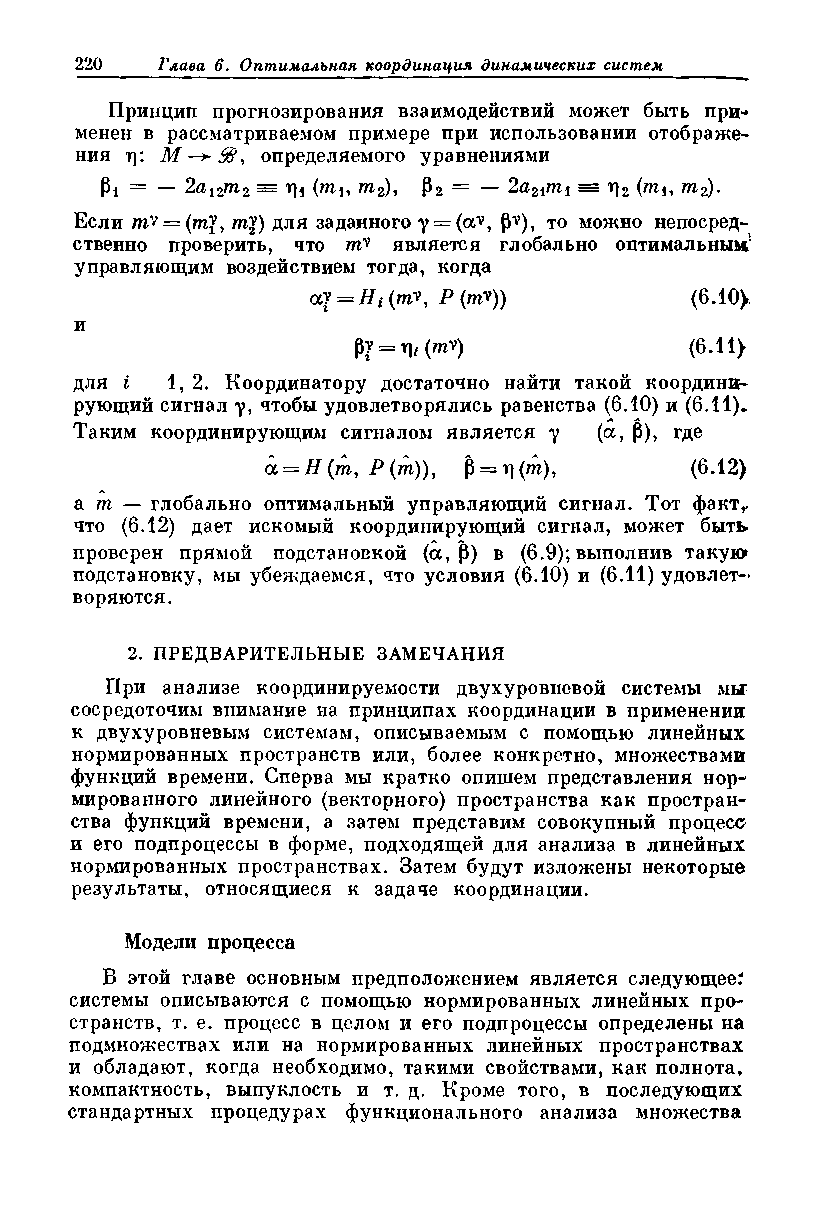
Принцип прогнозирования взаимодействий может быть при­
 менен в рассматриваемом примере при использовании отображе­
 ния rj:     определяемого уравнениями
 Pi = — 2ai2m2 = r\i (ти т2), Рг = — 2a2imi = г\2 {ти т2).
 Если тУ = (т$, ту) для заданного y = (av, (Jv), то можно непосред­
 ственно проверить, что тУ является глобально оптимальным'
 управляющим воздействием тогда, когда
 аУ = Hi (щу, Р (тУ))    (6.10>.
 и
 pv = ri i{my)         (6.11)
 для i 1,2. Координатору достаточно найти такой координи­
 рующий сигнал у, чтобы удовлетворялись равенства (6.10) и (6.11),
 Таким координирующим сигналом является у (а, Р), где
 а = Н(т,Р(т)), р = ц(т),    (6.12)
 а ш — глобально оптимальный управляющий сигнал. Тот факт,»
 что (6.12) дает искомый координирующий сигнал, может быть
 проверен прямой подстановкой (ос, Р) в (6.9); выполнив такую
 подстановку, мы убеждаемся, что условия (6.10) и (6.11) удовлет­
 воряются.
 2. ПРЕДВАРИТЕЛЬНЫЕ ЗАМЕЧАНИЯ
 При анализе координируемости двухуровневой системы мы
 сосредоточим внимание на принципах координации в применении
 к двухуровневым системам, описываемым с помощью линейных
 нормированных пространств или, более конкретно, множествами
 функций времени. Сперва мы кратко опишем представления нор­
 мированного линейного (векторного) пространства как простран­
 ства функций времени, а затем представим совокупный процесс
 и его подпроцессы в форме, подходящей для анализа в линейных
 нормированных пространствах. Затем будут изложены некоторые
 результаты, относящиеся к задаче координации.
 Модели процесса
 В этой главе основным предположением является следующее?
 системы описываются с помощью нормированных линейных про­
 странств, т. е. процесс в целом и его подпроцессы определены на
 подмножествах или на нормированных линейных пространствах
 и обладают, когда необходимо, такими свойствами, как полнота,
 компактность, выпуклость и т. д. Кроме того, в последующих
 стандартных процедурах функционального анализа множества